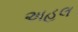
અહલ